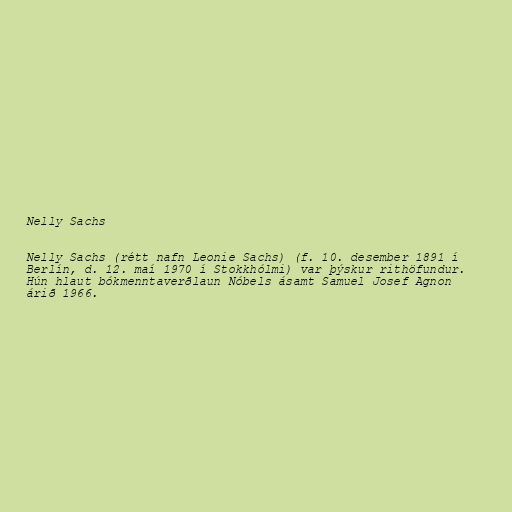
Nelly Sachs

Nelly Sachs (rétt nafn Leonie Sachs) (f. 10. desember 1891 í
Berlín, d. 12. maí 1970 í Stokkhólmi) var þýskur rithöfundur.
Hún hlaut bókmenntaverðlaun Nóbels ásamt Samuel Josef Agnon
árið 1966.